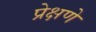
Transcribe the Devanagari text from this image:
प्रेक्षणे